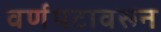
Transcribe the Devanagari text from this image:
वर्णपटावरून